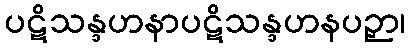
ပဋိသန္ဒဟနာပဋိသန္ဒဟနပဉှာ၊